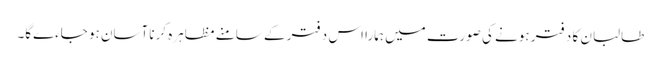
طالبان کا دفتر ہونے کی صورت میں ہمارا اس دفتر کے سامنے مظاہرہ کرنا آسان ہو جاءےگا۔